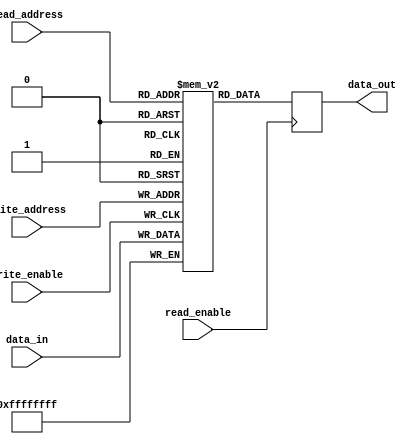
module shadow_register_file (
    input wire [31:0] data_in,
    input wire [4:0] write_address,
    input wire [4:0] read_address,
    input wire write_enable,
    input wire read_enable,
    output reg [31:0] data_out
);

reg [31:0] registers [31:0];

// Write operation
always @ (posedge write_enable)
begin
    registers[write_address] <= data_in;
end

// Read operation
always @ (posedge read_enable)
begin
    data_out <= registers[read_address];
end

endmodule